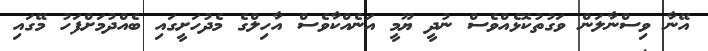
އޭނާ ވިސްނާލަން ވަގުތުކޮޅެއްވެސް ނުދީ ޔޫމީ އަނެއްކާވެސް އާހިލްގެ މެދުހަށީގައި ބެއްދުމަށްފަހު މޭގައި